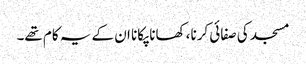
مسجد کی صفائی کرنا، کھانا پکانا ان کے یہ کام تھے۔